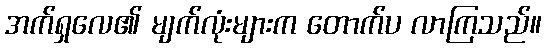
အက်ရှလေ၏ မျက်လုံးများက တောက်ပ လာကြသည်။